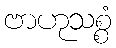
ဗာဟုသစ္စံ